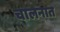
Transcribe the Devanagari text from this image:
चालनात